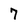
Character: 7